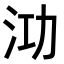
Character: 𭰀